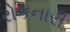
રોકનારી